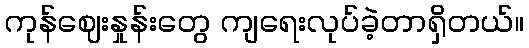
ကုန်ဈေးနှုန်းတွေ ကျရေးလုပ်ခဲ့တာရှိတယ်။